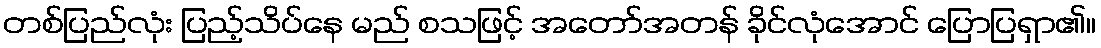
တစ်ပြည်လုံး ပြည့်သိပ်နေ မည် စသဖြင့် အတော်အတန် ခိုင်လုံအောင် ပြောပြရှာ၏။